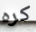
كره